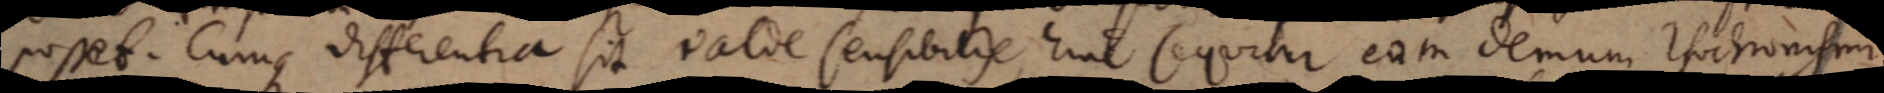
posset. Cumque differentia sit valde sensibilis, hinc sequitur eam demum isochronismi